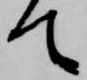
て